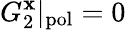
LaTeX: G_{2}^{\mathbf x}|_{\mathrm{pol}}=0